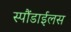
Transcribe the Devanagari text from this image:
स्पौंडाईलस